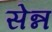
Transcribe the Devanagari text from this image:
सेन्न